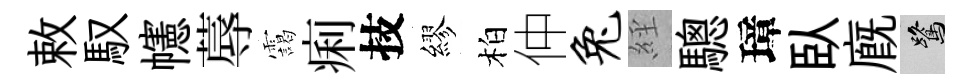
敕馭幰蓐靄痢技繆柏仲兔𦀇驄璋臥廐鷺